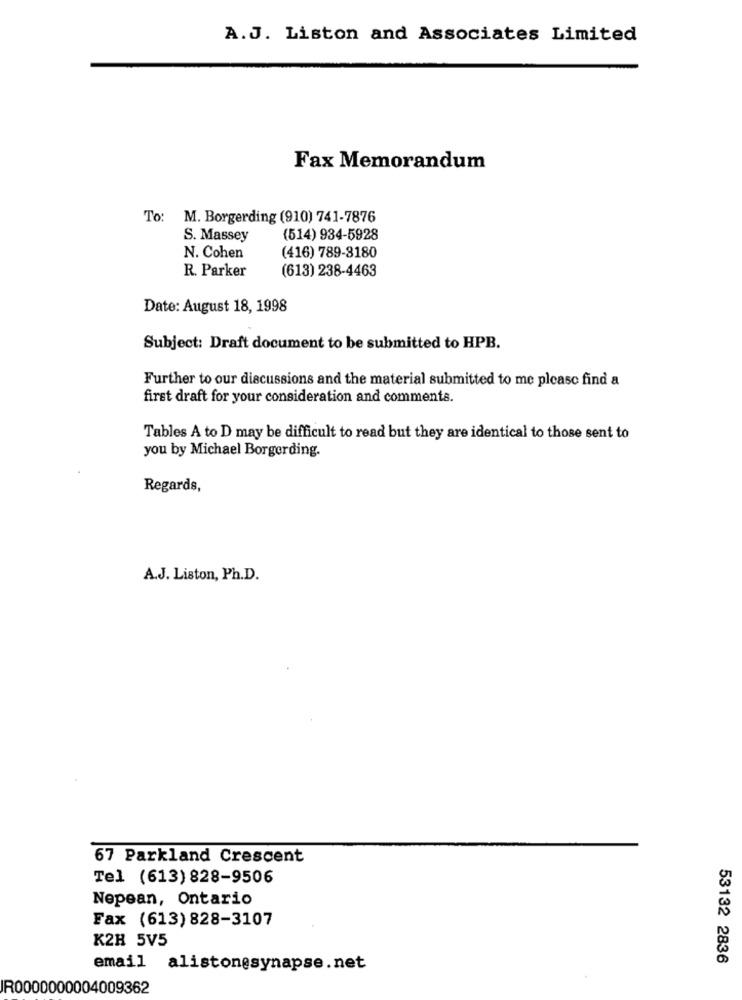
A.J. Liston and Associates Limited
Fax Memorandum
To: M. Borgerding (910) 741-7876
S. Massey
(514) 934-5928
N. Cohen
(416) 789-3180
R. Parker
(613) 238-4463
Date: August 18, 1998
Subject: Draft document to be submitted to HPB.
Further to our discussions and the material submitted to me please find a
first draft for your consideration and comments.
Tables A to D may be difficult to read but they are identical to those sent to
you by Michael Borgerding.
Regards,
A.J. Liston, Ph.D.
67 Parkland Crescent
Tel (613) 828-9506
Nepean, Ontario
Fax (613) 828-3107
K2H 5V5
53132 2836
email alistonesynapse.net
IR0000000004009362